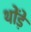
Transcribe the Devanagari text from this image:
थोंड़े